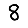
Digit: 8